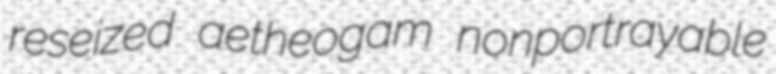
reseized aetheogam nonportrayable